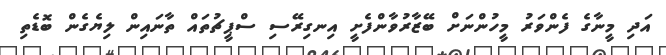
އަދި މީނާގެ ފެންވަރު މީހުންނަށް ބޭޒާރުވާންފެށީ އިނގިރޭސި ސްޕީޗުތައް ތާނައިން ލިޔެގެން ބޮޑެތި